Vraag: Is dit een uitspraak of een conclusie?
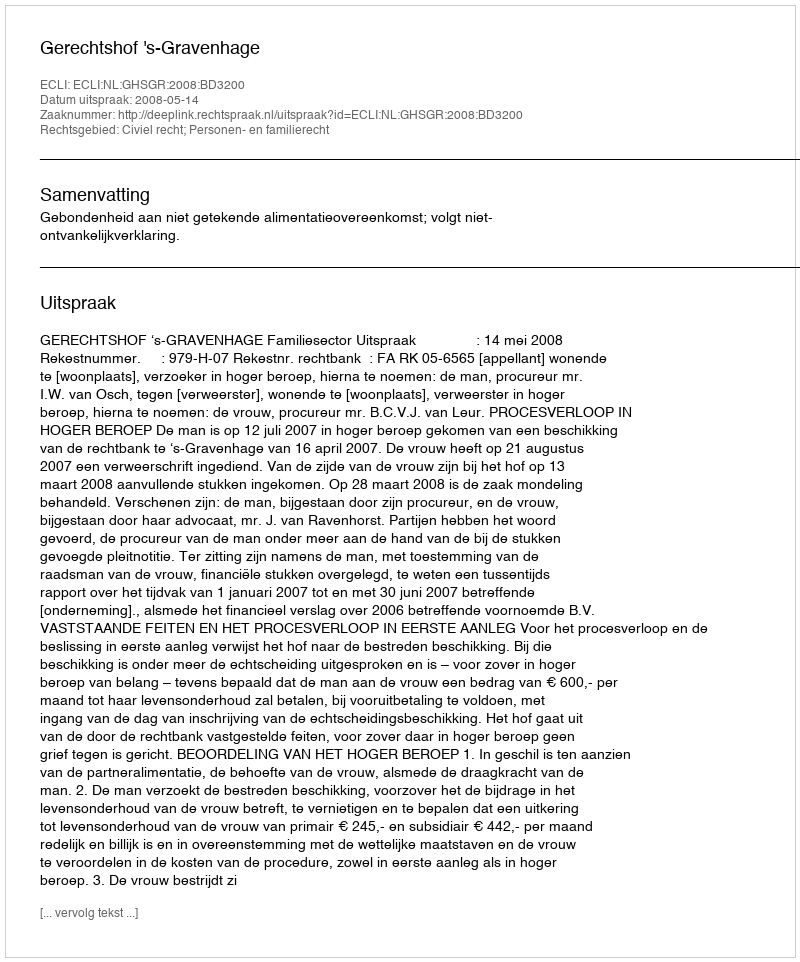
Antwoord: Uitspraak